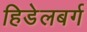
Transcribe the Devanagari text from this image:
हिडेलबर्ग